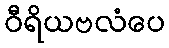
ဝီရိယဗလံပေ